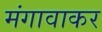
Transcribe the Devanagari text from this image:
मंगावाकर